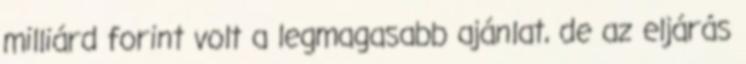
milliárd forint volt a legmagasabb ajánlat, de az eljárás